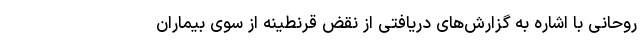
روحانی با اشاره به گزارش‌های دریافتی از نقض قرنطینه از سوی بیماران